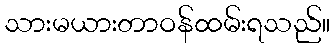
သားမယားတာဝန်ထမ်းရသည်။